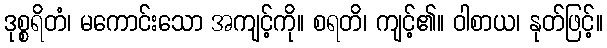
ဒုစ္စရိတံ၊ မကောင်းသော အကျင့်ကို။ စရတိ၊ ကျင့်၏။ ဝါစာယ၊ နုတ်ဖြင့်။